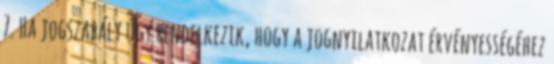
7. Ha jogszabály úgy rendelkezik, hogy a jognyilatkozat érvényességéhez